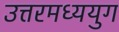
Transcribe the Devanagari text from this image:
उत्तरमध्ययुग